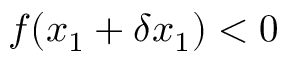
f ( x _ { 1 } + \delta x _ { 1 } ) < 0